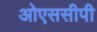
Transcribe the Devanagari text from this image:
ओएससीपी